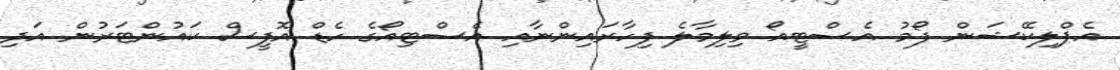
އެޕްލިކޭޝަން ފޯމު އެސްޓީއޯ ވިލިމާލެ ފިހާރައިންނާއި އެސްޓިއޯގެ ހެޑް އޮފީސް ކައުންޓަރުން އަދި